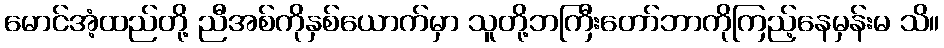
မောင်အံ့ထည်တို့ ညီအစ်ကိုနှစ်ယောက်မှာ သူတို့ဘကြီးတော်ဘာကိုကြည့်နေမှန်းမ သိ။